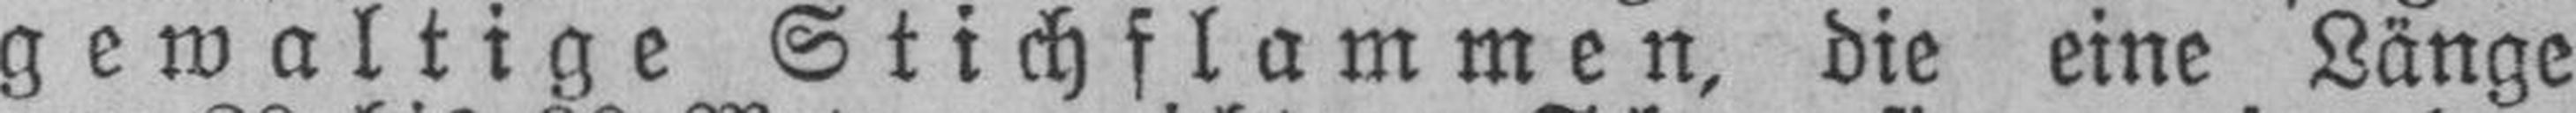
gewaltige Stichflammen, die eine Länge